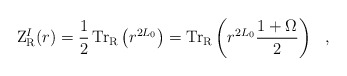
\begin{align*}{\rm Z}_{{\rm R}}^{I}(r) = \frac{1}{2}\,{\rm Tr}_{{\rm R}}\left( r^{2L_0} \right)={\rm Tr}_{{\rm R}}\left( r^{2L_0}{1+ \Omega \over 2}\right)~~,\end{align*}